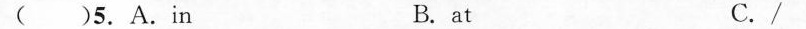
( )5.A.In B. at C./